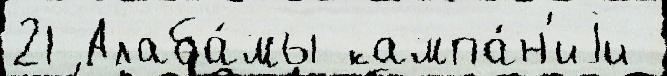
21 Алаба́мы кампа́н'иjи